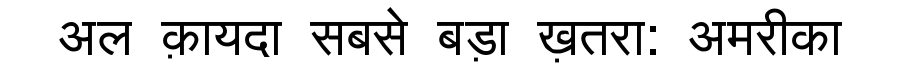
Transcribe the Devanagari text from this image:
अल क़ायदा सबसे बड़ा ख़तरा: अमरीका